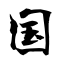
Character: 国